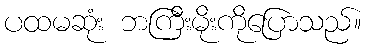
ပထမဆုံး ဘကြီးမိုးကိုပြောသည်။